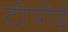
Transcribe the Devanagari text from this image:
टीपीई